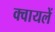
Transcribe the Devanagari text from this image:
क्वायलें